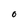
Character: 0